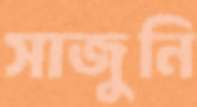
সাজুনি